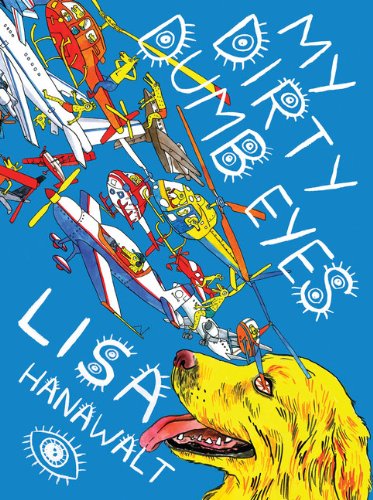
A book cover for My Dirty Dumb Eyes; Lisa Hanawalt; Comics & Graphic Novels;